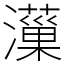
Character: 𤂋